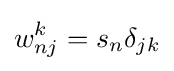
w_{nj}^{k}=s_{n}\delta _{jk}